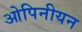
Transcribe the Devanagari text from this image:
ओपिनीयन